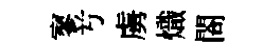
寥𠔃虜熾閤